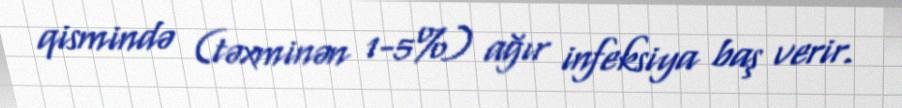
qismində (təxminən 1-5%) ağır infeksiya baş verir.